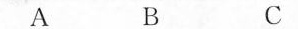
ABC